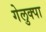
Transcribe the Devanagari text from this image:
गेलुक्पा